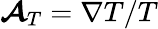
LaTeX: \boldsymbol{\mathcal{A}}_{T}=\nabla T/T